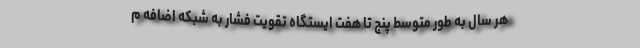
هر سال به طور متوسط پنج تا هفت ایستگاه تقویت فشار به شبکه اضافه م